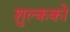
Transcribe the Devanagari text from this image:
शुल्कको